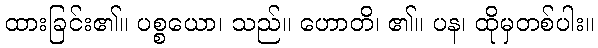
ထားခြင်း၏။ ပစ္စယော၊ သည်။ ဟောတိ၊ ၏။ ပန၊ ထိုမှတစ်ပါး။